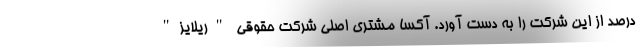
درصد از این شرکت را به دست آورد. آکسا مشتری اصلی شرکت حقوقی "ریلایز"